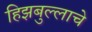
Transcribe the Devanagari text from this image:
हिझबुल्लाचे